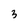
Character: 3